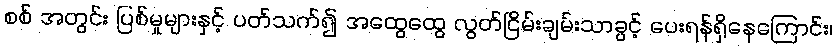
စစ် အတွင်း ပြစ်မှုများနှင့် ပတ်သက်၍ အထွေထွေ လွတ်ငြိမ်းချမ်းသာခွင့် ပေးရန်ရှိနေကြောင်း၊